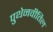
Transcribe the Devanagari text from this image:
पुथेनवीतिल